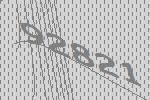
92821